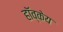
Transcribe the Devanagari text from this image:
हॉव्केय